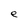
Character: e